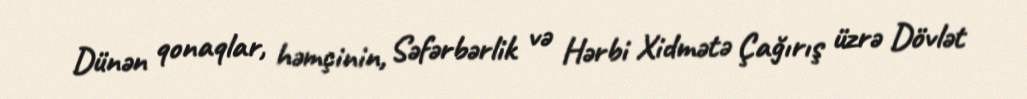
Dünən qonaqlar, həmçinin, Səfərbərlik və Hərbi Xidmətə Çağırış üzrə Dövlət